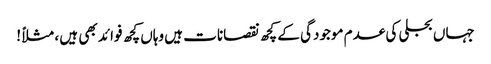
جہاں بجلی کی عدم موجودگی کے کچھ نقصانات ہیں وہاں کچھ فوائد بھی ہیں ، مثلاً !